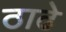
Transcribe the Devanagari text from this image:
ठाढे